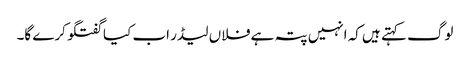
لوگ کہتے ہیں کہ انہیں پتہ ہے فلاں لیڈر اب کیا گفتگو کرے گا۔